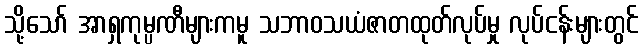
သို့သော် အာရှကုမ္ပဏီများကမူ သဘာဝသယံဇာတထုတ်လုပ်မှု လုပ်ငန်းများတွင်